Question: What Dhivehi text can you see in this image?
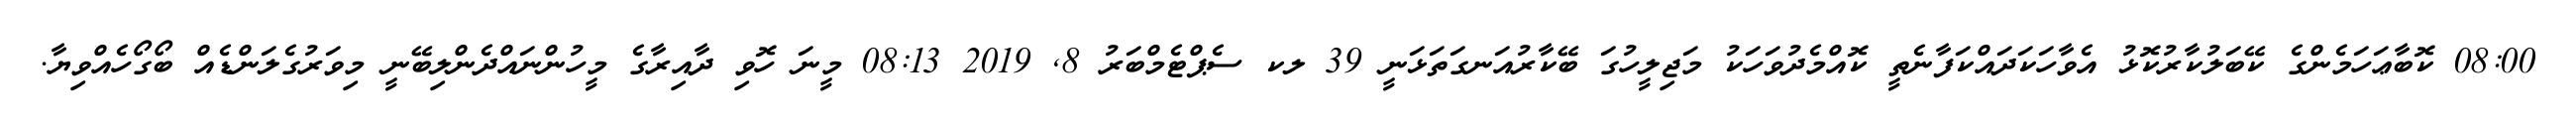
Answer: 08:00 ކޮބާޢަހަމެންގެ ކޭބަލުކާރުކޮޅު އެވާހަކަދައްކަފާނެތީ ކޮއްމެދުވަހަކު މަޖިލީހުގަ ބޭކާރުއަނގަތަޅަނީ 39 ލކ ސެޕްޓެމްބަރު 8, 2019 08:13 މީނަ ހޮވި ދާއިރާގެ މީހުންނައްދެންލިބޭނީ މިވަރުގެލަންޑެއް ބޯގޯހެއްވިޔާ.